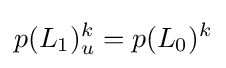
p(L_{1})_{u}^{k}=p(L_{0})^{k}